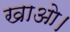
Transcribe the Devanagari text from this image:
खाओ।